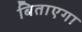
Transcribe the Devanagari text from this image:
बिताएगा